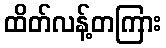
ထိတ်လန့်တကြား